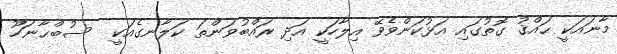
މާނައަކީ ޙައްޤު ގޮތުގައި އަޅުކަންވެވޭ އިލާހަކީ އަދި ރައްބުވަންތަ ކަލާނގެއަކީ  ސުބްޙާނަހޫ